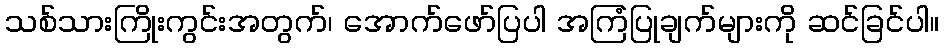
သစ်သားကြိုးကွင်းအတွက်၊ အောက်ဖော်ပြပါ အကြံပြုချက်များကို ဆင်ခြင်ပါ။